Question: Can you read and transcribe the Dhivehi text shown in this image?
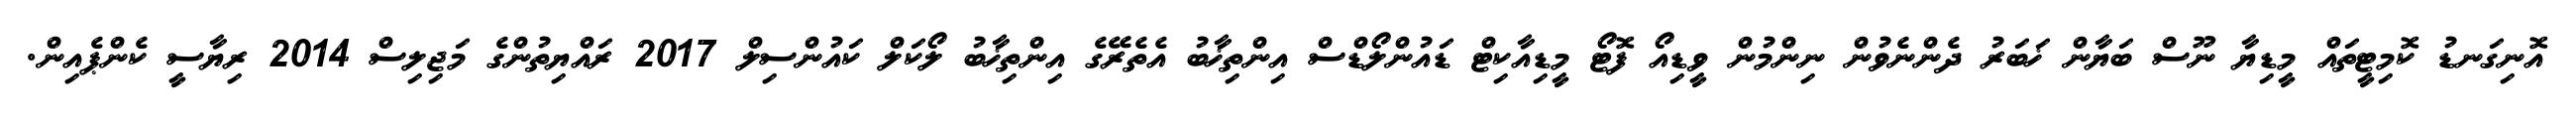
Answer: އޮނިގަނޑު ކޮމިޓީތައް މީޑިޔާ ނޫސް ބަޔާން ޚަބަރު ދެންނެވުން ނިންމުން ވީޑިއޯ ފޮޓޯ މީޑިއާކިޓް ޑައުންލޯޑްސް އިންތިޚާބު އެތެރޭގެ އިންތިޚާބު ލޯކަލް ކައުންސިލް 2017 ރައްޔިތުންގެ މަޖިލިސް 2014 ރިޔާސީ ކެންޕެއިން.